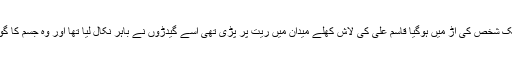
لیکن میری آنکھیں اس آخری منظر کی تاب نہ لاسکیںاور میں ایک پھریری لیکر ایک شخص کی آڑ میں ہوگیا قاسم علی کی لاش کھلے میدان میں ریت پر پڑی تھی اسے گیدڑوں نے باہر نکال لیا تھا اور وہ جسم کا گوشت مکمل طور پر نہیں کھاسکتے تھے منہ اور گھٹنوں پر گوشت ہنوز موجود تھا۔